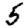
Digit: 5